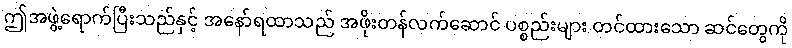
ဤအဖွဲ့ရောက်ပြီးသည်နှင့် အနော်ရထာသည် အဖိုးတန်လက်ဆောင် ပစ္စည်းများ တင်ထားသော ဆင်တွေကို